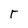
Character: r